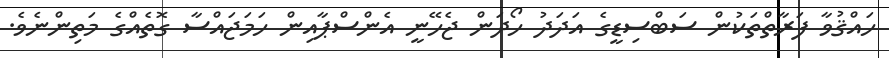
ހައްޤުވާ ފަރާތްތަކުން ސަބްސިޑީގެ އަދަދު ހޯދަން ޖެހޭނީ އެންސްޕާއިން ހަމަޖައްސާ ގޮތެއްގެ މަތިންނެވެ.